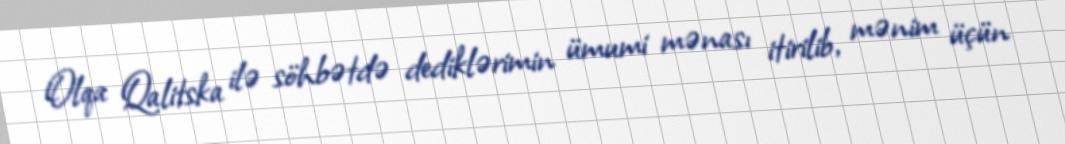
Olqa Qalitska ilə söhbətdə dediklərimin ümumi mənası itirilib, mənim üçün